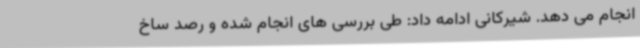
انجام می دهد. شیرکانی ادامه داد: طی بررسی های انجام شده و رصد ساخ